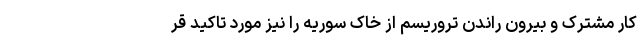
کار مشترک و بیرون راندن تروریسم از خاک سوریه را نیز مورد تاکید قر